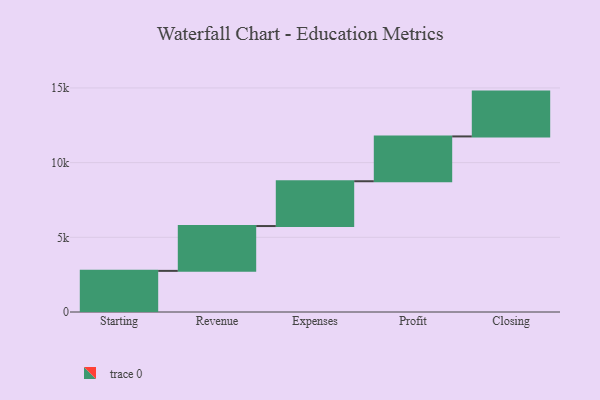
{"axis": {"x": "Step", "y": "Value"}, "legend": [""], "data": [{"x": "Starting", "y": 2753.0, "type": ""}, {"x": "Revenue", "y": 3000, "type": ""}, {"x": "Expenses", "y": 3000, "type": ""}, {"x": "Profit", "y": 3000, "type": ""}, {"x": "Closing", "y": 3000, "type": ""}]}